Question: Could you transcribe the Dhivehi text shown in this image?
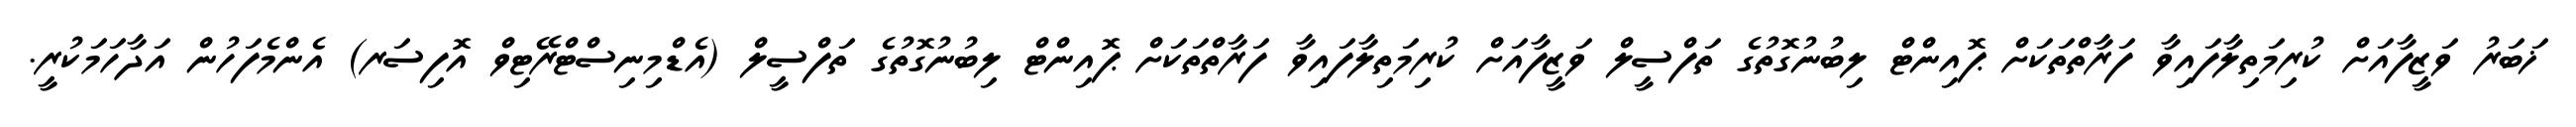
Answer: ޚަބަރު ވަޒީފާއަށް ކުރިމަތިލާފައިވާ ފަރާތްތަކަށް ޕޮއިންޓް ލިބުނުގޮތުގެ ތަފްސީލް ވަޒީފާއަށް ކުރިމަތިލާފައިވާ ފަރާތްތަކަށް ޕޮއިންޓް ލިބުނުގޮތުގެ ތަފްސީލް (އެޑްމިނިސްޓްރޭޓިވް އޮފިސަރ) އެންމެފަހުން އަދާހަމަކުރީ.